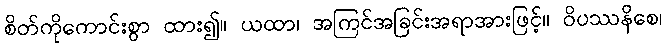
စိတ်ကိုကောင်းစွာ ထား၍။ ယထာ၊ အကြင်အခြင်းအရာအားဖြင့်။ ဝိပဿနိစေ၊